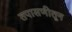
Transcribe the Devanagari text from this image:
तपासणीतून